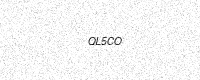
Text: QL5CO